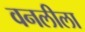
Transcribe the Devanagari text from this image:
वनलीला